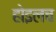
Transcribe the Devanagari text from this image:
होइलच